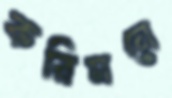
করিমনে